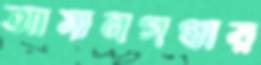
আমানগণ্ডায়